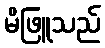
မိဖြူသည်